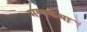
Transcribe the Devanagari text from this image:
मग्गकथा